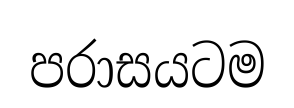
පරාසයටම